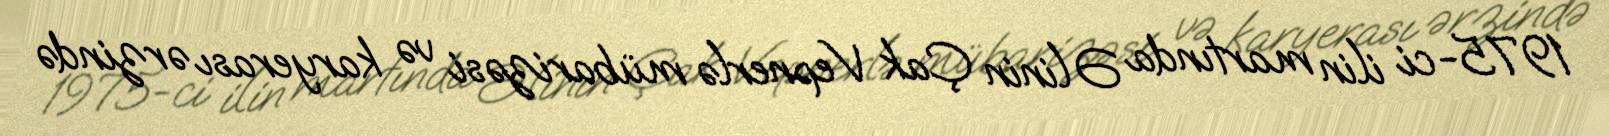
1975-ci ilin martında Əlinin Çak Vepnerlə mübarizəsi və karyerası ərzində